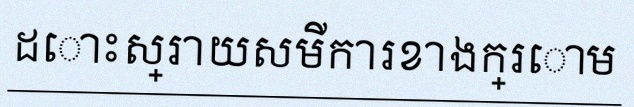
ដោះស្រាយសមីការខាងក្រោម